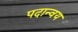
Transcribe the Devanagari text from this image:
पदान्वय